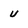
Character: u